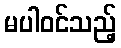
မပါဝင်သည့်